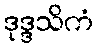
ဒုဒ္ဒသိကံ